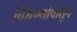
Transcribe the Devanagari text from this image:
चिमण्यांपासून